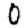
Digit: 0